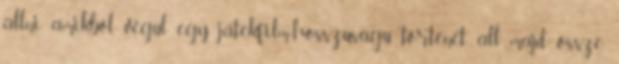
állni amikből végül egy játékfilm-hosszúságú történet áll majd össze.